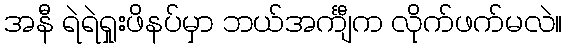
အနီ ရဲရဲရှုးဖိနပ်မှာ ဘယ်အင်္ကျီက လိုက်ဖက်မလဲ။